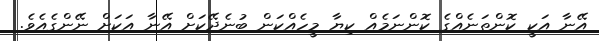
އޭނާ އަކީ ކޮންތަނެއްގެ ކޮންނަމެއް ކިޔާ މީހެއްކަން ބުނެދޭކަށް އޭނާ އަކަށް ނޭންގެއެވެ.